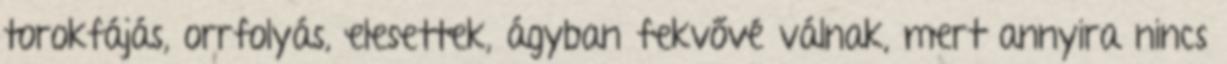
torokfájás, orrfolyás, elesettek, ágyban fekvővé válnak, mert annyira nincs